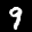
Label: 9